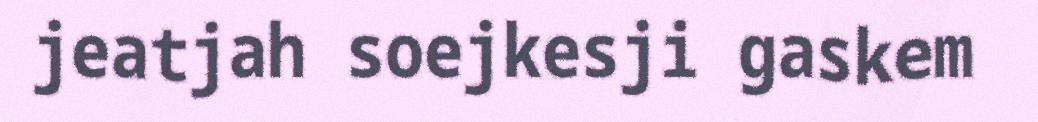
jeatjah soejkesji gaskem